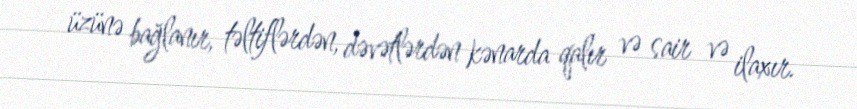
üzünə bağlanır, təltiflərdən, dəvətlərdən kənarda qalır və sair və ilaxır.